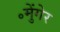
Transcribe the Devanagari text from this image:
॰मुेंगेर